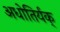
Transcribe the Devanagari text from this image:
अधोतिर्यक्‌